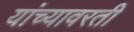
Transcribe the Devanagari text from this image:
यांच्यावरती